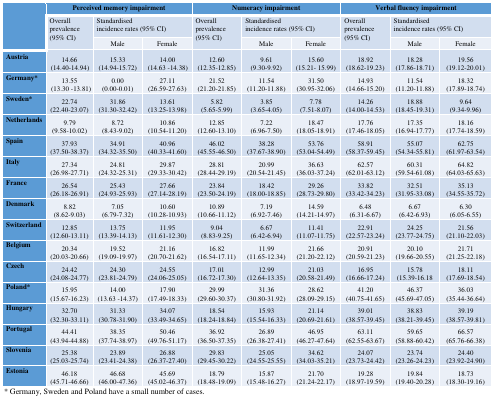
<table><thead><tr><td rowspan="3"></td><td colspan="3"><b>Perceived memory impairment</b></td><td colspan="3"><b>Numeracy impairment</b></td><td colspan="3"><b>Verbal fluency impairment</b></td></tr><tr><td rowspan="2"><b>Overall prevalence (95% CI)</b></td><td colspan="2"><b>Standardised incidence rates (95% CI)</b></td><td rowspan="2"><b>Overall prevalence (95% CI)</b></td><td colspan="2"><b>Standardised incidence rates (95% CI)</b></td><td rowspan="2"><b>Overall prevalence (95% CI)</b></td><td colspan="2"><b>Standardised incidence rates (95% CI)</b></td></tr><tr><td><b>Male</b></td><td><b>Female</b></td><td><b>Male</b></td><td><b>Female</b></td><td><b>Male</b></td><td><b>Female</b></td></tr></thead><tbody><tr><td>Austria</td><td>14.66(14.40-14.94)</td><td>15.33(14.94-15.72)</td><td>14.00(14.63 -14.38)</td><td>12.60(12.35-12.85)</td><td>9.61(9.30-9.92)</td><td>15.60(15.21- 15.99)</td><td>18.92(18.62-19.23)</td><td>18.28(17.86-18.71)</td><td>19.56(19.12-20.01)</td></tr><tr><td>Germany*</td><td>13.55(13.30 -13.81)</td><td>0.00(0.00-0.01)</td><td>27.11(26.59-27.63)</td><td>21.52(21.20-21.85)</td><td>11.54(11.20-11.88)</td><td>31.50(30.95-32.06)</td><td>14.93(14.66-15.20)</td><td>11.54(11.20-11.88)</td><td>18.32(17.89-18.74)</td></tr><tr><td>Sweden*</td><td>22.74(22.40-23.07)</td><td>31.86(31.30-32.42)</td><td>13.61(13.25-13.98)</td><td>5.82(5.65-5.99)</td><td>3.85(3.65-4.05)</td><td>7.78(7.51-8.07)</td><td>14.26(14.00-14.53)</td><td>18.88(18.45-19.31)</td><td>9.64(9.34-9.96)</td></tr><tr><td>Netherlands</td><td>9.79(9.58-10.02)</td><td>8.72(8.43-9.02)</td><td>10.86(10.54-11.20)</td><td>12.85(12.60-13.10)</td><td>7.22(6.96-7.50)</td><td>18.47(18.05-18.91)</td><td>17.76(17.46-18.05)</td><td>17.35(16.94-17.77)</td><td>18.16(17.74-18.59)</td></tr><tr><td>Spain</td><td>37.93(37.50-38.37)</td><td>34.91(34.32-35.50)</td><td>40.96(40.33-41.60)</td><td>46.02(45.55-46.50)</td><td>38.28(37.67-38.90)</td><td>53.76(53.04-54.49)</td><td>58.91(58.37-59.45)</td><td>55.07(54.34-55.81)</td><td>62.75(61.97-63.54)</td></tr><tr><td>Italy</td><td>27.34(26.98-27.71)</td><td>24.81(24.32-25.31)</td><td>29.87(29.33-30.42)</td><td>28.81(28.44-29.19)</td><td>20.99(20.54-21.45)</td><td>36.63(36.03-37.24)</td><td>62.57(62.01-63.12)</td><td>60.31(59.54-61.08)</td><td>64.82(64.03-65.63)</td></tr><tr><td>France</td><td>26.54(26.18-26.91)</td><td>25.43(24.93-25.93)</td><td>27.66(27.14-28.19)</td><td>23.84(23.50-24.19)</td><td>18.42(18.00-18.85)</td><td>29.26(28.73-29.80)</td><td>33.82(33.42-34.23)</td><td>32.51(31.95-33.08)</td><td>35.13(34.55-35.72)</td></tr><tr><td>Denmark</td><td>8.82(8.62-9.03)</td><td>7.05(6.79-7.32)</td><td>10.60(10.28-10.93)</td><td>10.89(10.66-11.12)</td><td>7.19(6.92-7.46)</td><td>14.59(14.21-14.97)</td><td>6.48(6.31-6.67)</td><td>6.67(6.42-6.93)</td><td>6.30(6.05-6.55)</td></tr><tr><td>Switzerland</td><td>12.85(12.60-13.11)</td><td>13.75(13.39-14.13)</td><td>11.95(11.61-12.30)</td><td>9.04(8.83-9.25)</td><td>6.67(6.42-6.94)</td><td>11.41(11.07-11.75)</td><td>22.91(22.57-23.24)</td><td>24.25(23.77-24.75)</td><td>21.56(21.10-22.03)</td></tr><tr><td>Belgium</td><td>20.34(20.03-20.66)</td><td>19.52(19.09-19.97)</td><td>21.16(20.70-21.62)</td><td>16.82(16.54-17.11)</td><td>11.99(11.65-12.34)</td><td>21.66(21.20-22.12)</td><td>20.91(20.59-21.23)</td><td>20.10(19.66-20.55)</td><td>21.71(21.25-22.18)</td></tr><tr><td>Czech</td><td>24.42(24.08-24.77)</td><td>24.30(23.81-24.79)</td><td>24.55(24.06-25.05)</td><td>17.01(16.72-17.30)</td><td>12.99(12.64-13.35)</td><td>21.03(20.58-21.49)</td><td>16.95(16.66-17.24)</td><td>15.78(15.39-16.18</td><td>18.11(17.69-18.54)</td></tr><tr><td>Poland*</td><td>15.95(15.67-16.23)</td><td>14.00(13.63 -14.37)</td><td>17.90(17.49-18.33)</td><td>29.99(29.60-30.37)</td><td>31.36(30.80-31.92)</td><td>28.62(28.09-29.15)</td><td>41.20(40.75-41.65)</td><td>46.37(45.69-47.05)</td><td>36.03(35.44-36.64)</td></tr><tr><td>Hungary</td><td>32.70(32.30-33.11)</td><td>31.33(30.78-31.90)</td><td>34.07(33.49-34.65)</td><td>18.54(18.24-18.84)</td><td>15.93(15.54-16.33)</td><td>21.14(20.69-21.61)</td><td>39.01(38.57-39.45)</td><td>38.83(38.21-39.45)</td><td>39.19(38.57-39.81)</td></tr><tr><td>Portugal</td><td>44.41(43.94-44.88)</td><td>38.35(37.74-38.97)</td><td>50.46(49.76-51.17)</td><td>36.92(36.50-37.35)</td><td>26.89(26.38-27.41)</td><td>46.95(46.27-47.64)</td><td>63.11(62.55-63.67)</td><td>59.65(58.88-60.42)</td><td>66.57(65.76-66.38)</td></tr><tr><td>Slovenia</td><td>25.38(25.03-25.74)</td><td>23.89(23.41-24.38)</td><td>26.88(26.37-27.40)</td><td>29.83(29.45-30.22)</td><td>25.05(24.55-25.55)</td><td>34.62(34.03-35.21)</td><td>24.07(23.73-24.42)</td><td>23.74(23.26-24.23)</td><td>24.40(23.92-24.90)</td></tr><tr><td>Estonia</td><td>46.18(45.71-46.66)</td><td>46.68(46.00-47.36)</td><td>45.69(45.02-46.37)</td><td>18.79(18.48-19.09)</td><td>15.87(15.48-16.27)</td><td>21.70(21.24-22.17)</td><td>19.28(18.97-19.59)</td><td>19.84(19.40-20.28)</td><td>18.73(18.30-19.16)</td></tr></tbody></table>